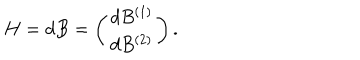
LaTeX: H = d B = \left( \begin{array} { c c } { { d B ^ { ( 1 ) } } } \\ { { d B ^ { ( 2 ) } } } \\ \end{array} \right) .